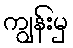
ကျွန်းမှ